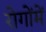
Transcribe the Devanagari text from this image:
रोगोंमें